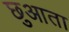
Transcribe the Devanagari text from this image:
छुआता